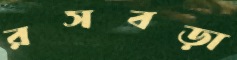
রসবড়া